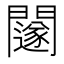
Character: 𨷃